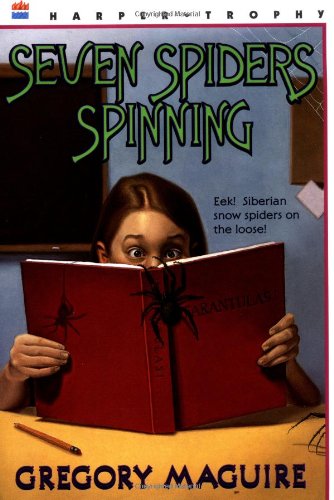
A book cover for Seven Spiders Spinning (The Hamlet Chronicles); Gregory Maguire; Crafts, Hobbies & Home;